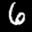
Label: 6